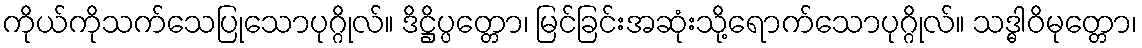
ကိုယ်ကိုသက်သေပြုသောပုဂ္ဂိုလ်။ ဒိဋ္ဌိပ္ပတ္တော၊ မြင်ခြင်းအဆုံးသို့ရောက်သောပုဂ္ဂိုလ်။ သဒ္ဓါဝိမုတ္တော၊